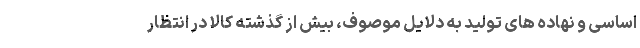
اساسی و نهاده های تولید به دلایل موصوف، بیش از گذشته کالا در انتظار